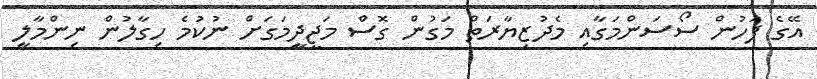
އޭގެ ފަހުން ސޯސަންމަގާއި މެދުޒިޔާރަތް މަގުން ގޮސް މަޖީދީމަގަށް ނުކުމެ ހިގާލުން ނިންމާލީ